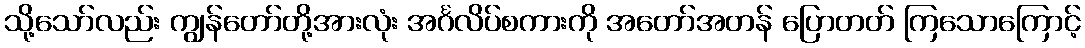
သို့သော်လည်း ကျွန်တော်တို့အားလုံး အင်္ဂလိပ်စကားကို အတော်အတန် ပြောတတ် ကြသောကြောင့်